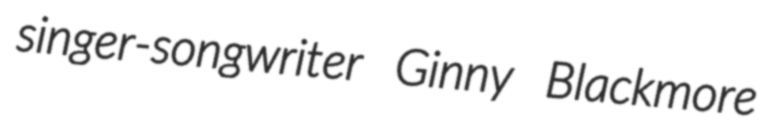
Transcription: singer-songwriter Ginny Blackmore